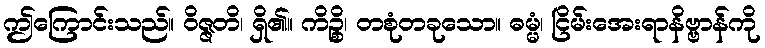
ဤကြောင်းသည်။ ဝိဇ္ဇတိ၊ ရှိ၏။ ကိဉ္စိ၊ တစုံတခုသော။ ဓမ္မံ၊ ငြိမ်းအေးရာနိဗ္ဗာန်ကို